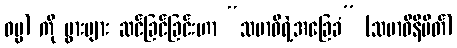
ဓမ္မ) ကို ပွားများ ဆင်ခြင်ခြင်းဟာ “သမာဓိရဲ့အခြေခံ” (သမာဓိနိမိတ်)